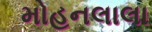
મોહનલાલા